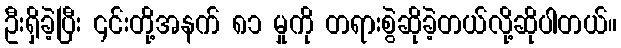
ဦးရှိခဲ့ပြီး ၎င်းတို့အနက် ၈၁ မှုကို တရားစွဲဆိုခဲ့တယ်လို့ဆိုပါတယ်။